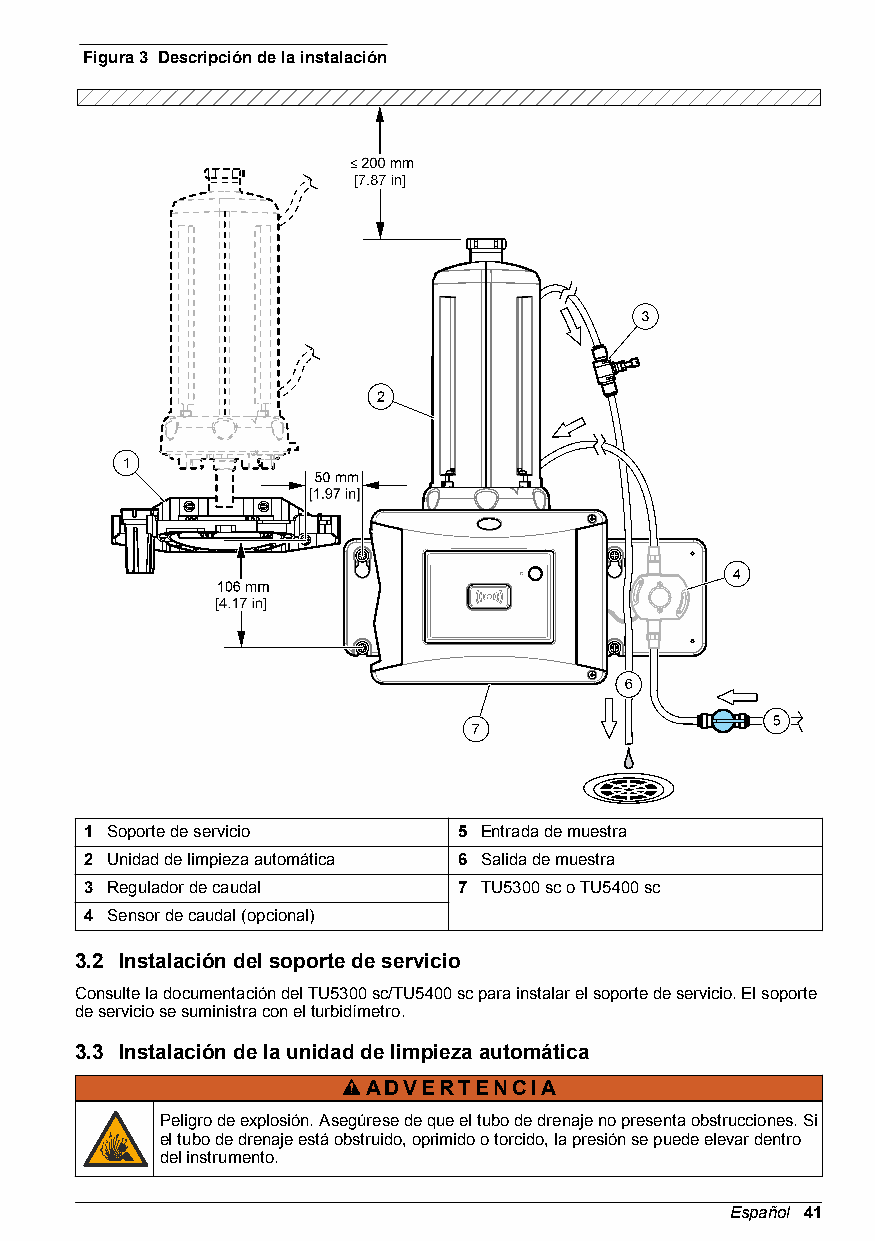
Figura 3 Descripción de la instalación
 1 Soporte de servicio   5 Entrada de muestra
 2 Unidad de limpieza automática 6 Salida de muestra
 3 Regulador de caudal   7 TU5300 sc o TU5400 sc
 4 Sensor de caudal (opcional)
 3.2 Instalación del soporte de servicio
 Consulte la documentación del TU5300 sc/TU5400 sc para instalar el soporte de servicio. El soporte
 de servicio se suministra con el turbidímetro.
 3.3 Instalación de la unidad de limpieza automática
 ADVERTENCIA
 Peligro de explosión. Asegúrese de que el tubo de drenaje no presenta obstrucciones. Si
 el tubo de drenaje está obstruido, oprimido o torcido, la presión se puede elevar dentro
 del instrumento.
 Español 41